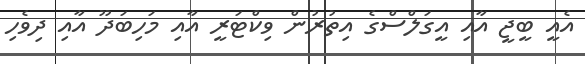
އެއީ ބީޖީ އާއި އީގަލްސްގެ އިތުރުން ވިކްޓަރީ އާއި މަހިބަދޫ އާއި ދިވެހި